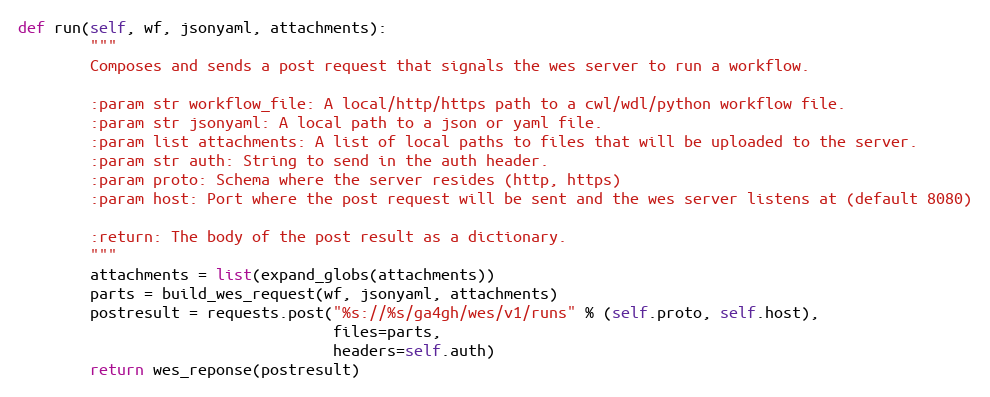
Language: Python
def run(self, wf, jsonyaml, attachments):
        """
        Composes and sends a post request that signals the wes server to run a workflow.

        :param str workflow_file: A local/http/https path to a cwl/wdl/python workflow file.
        :param str jsonyaml: A local path to a json or yaml file.
        :param list attachments: A list of local paths to files that will be uploaded to the server.
        :param str auth: String to send in the auth header.
        :param proto: Schema where the server resides (http, https)
        :param host: Port where the post request will be sent and the wes server listens at (default 8080)

        :return: The body of the post result as a dictionary.
        """
        attachments = list(expand_globs(attachments))
        parts = build_wes_request(wf, jsonyaml, attachments)
        postresult = requests.post("%s://%s/ga4gh/wes/v1/runs" % (self.proto, self.host),
                                   files=parts,
                                   headers=self.auth)
        return wes_reponse(postresult)